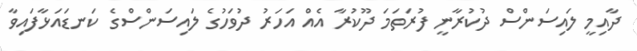
ދާއިމީ ލައިސަންސް ދުކުރާނީ ފުރަތަމަ ދޫކުރާ އެއް އަހަރު ދުވަހުގެ ލައިސަންސްގެ ކަނޑައަޅާފައިވާ